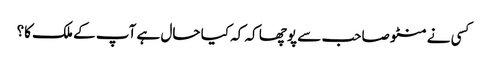
کسی نے منٹو صاحب سے پوچھا کہ کہ کیا حال ہے آپ کے ملک کا؟